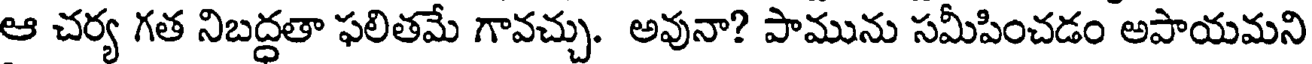
ఆ చర్య గత నిబద్ధతా ఫలితమే గావచ్చు. అవునా? పామును సమీపించడం అపాయమని